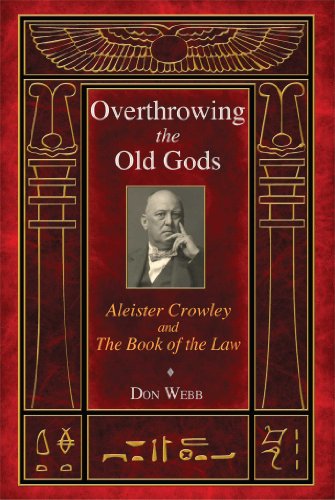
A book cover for Overthrowing the Old Gods: Aleister Crowley and the Book of the Law; Don Webb; Religion & Spirituality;